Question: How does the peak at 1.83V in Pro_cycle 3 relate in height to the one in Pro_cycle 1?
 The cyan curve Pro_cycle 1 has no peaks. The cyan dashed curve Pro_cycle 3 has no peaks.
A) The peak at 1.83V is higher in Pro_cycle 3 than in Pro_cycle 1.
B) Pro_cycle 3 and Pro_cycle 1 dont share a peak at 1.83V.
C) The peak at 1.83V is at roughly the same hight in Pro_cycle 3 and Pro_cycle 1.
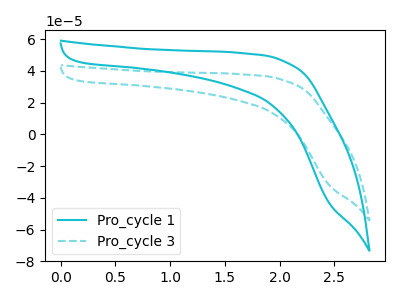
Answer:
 <answer>B) "Pro_cycle 3" and "Pro_cycle 1" dont share a peak at 1.83V.</answer>
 <eval>B</eval>